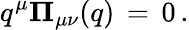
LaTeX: q^{\mu}{{\mathbf\Pi}_{\mu\nu}}(q)\, =\, 0\, .